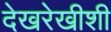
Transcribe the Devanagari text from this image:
देखरेखीशी